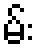
မ်း